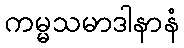
ကမ္မသမာဒါနာနံ